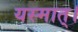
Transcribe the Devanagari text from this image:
यस्मात्।